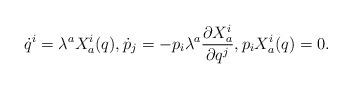
LaTeX: \begin{align*} \dot{q}^i= \lambda^a X_a^i(q), \dot{p}_j= -p_i \lambda^a \frac{\partial X_a^i}{\partial q^j}, p_i X_a^i(q)=0. \end{align*}